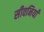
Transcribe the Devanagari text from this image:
सीवनियाँ